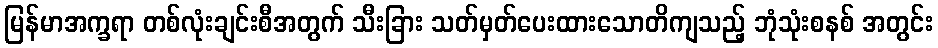
မြန်မာအက္ခရာ တစ်လုံးချင်းစီအတွက် သီးခြား သတ်မှတ်ပေးထားသောတိကျသည့် ဘုံသုံးစနစ် အတွင်း